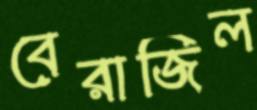
বেরাজিল